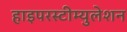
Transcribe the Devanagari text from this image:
हाइपरस्टीम्युलेशन